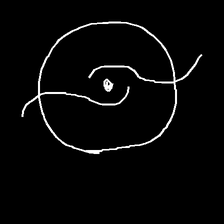
Glyph: repetition